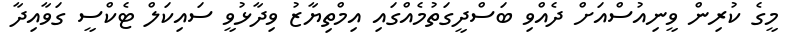
މީގެ ކުރިން ވީނިއުސްއަށް ދެއްވި ބަސްދީގަތުމެއްގައި އިމްތިޔާޒު ވިދާޅުވީ ސައިކަލް ޓެކްސީ ގަވާއިދާ